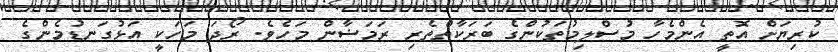
ކުރިޔަށް އޮތީ އެންމެހާ މުސްލިމުތަކުންގެ ބަރަކާތްތެރި ރަމަޟާން މަހެވެ. ރޯދަ މަހަކީ އަޅުގަނޑުމެންގެ